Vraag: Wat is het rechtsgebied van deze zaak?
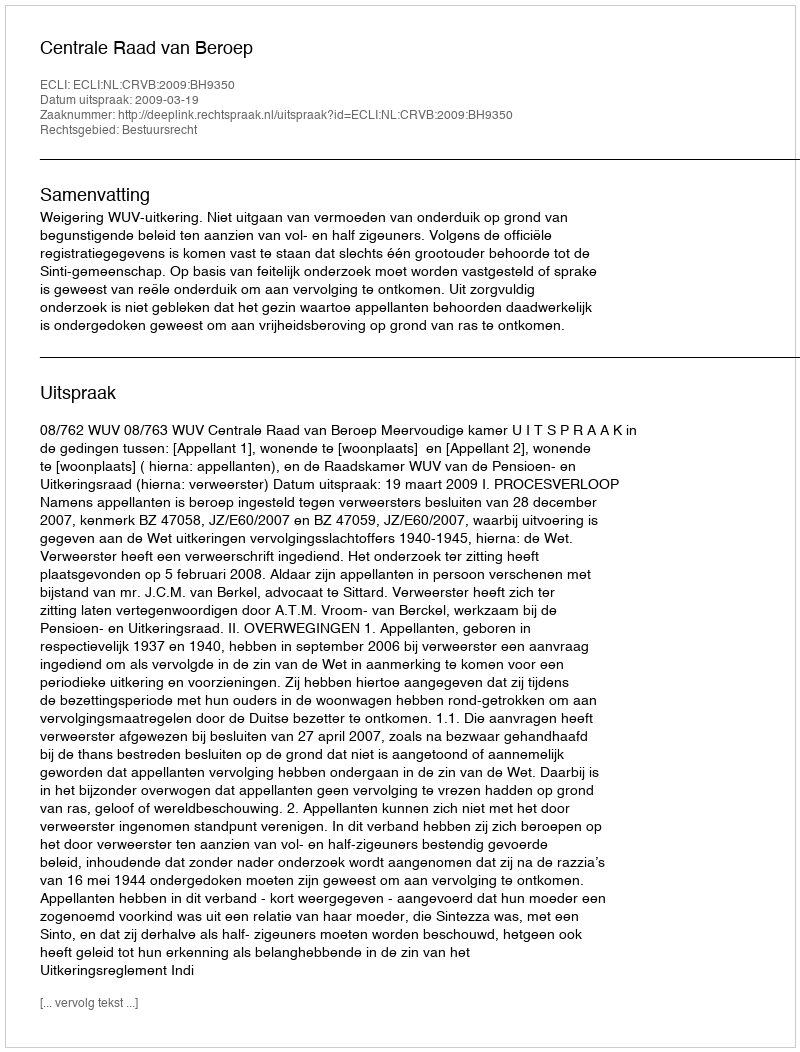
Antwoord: Bestuursrecht